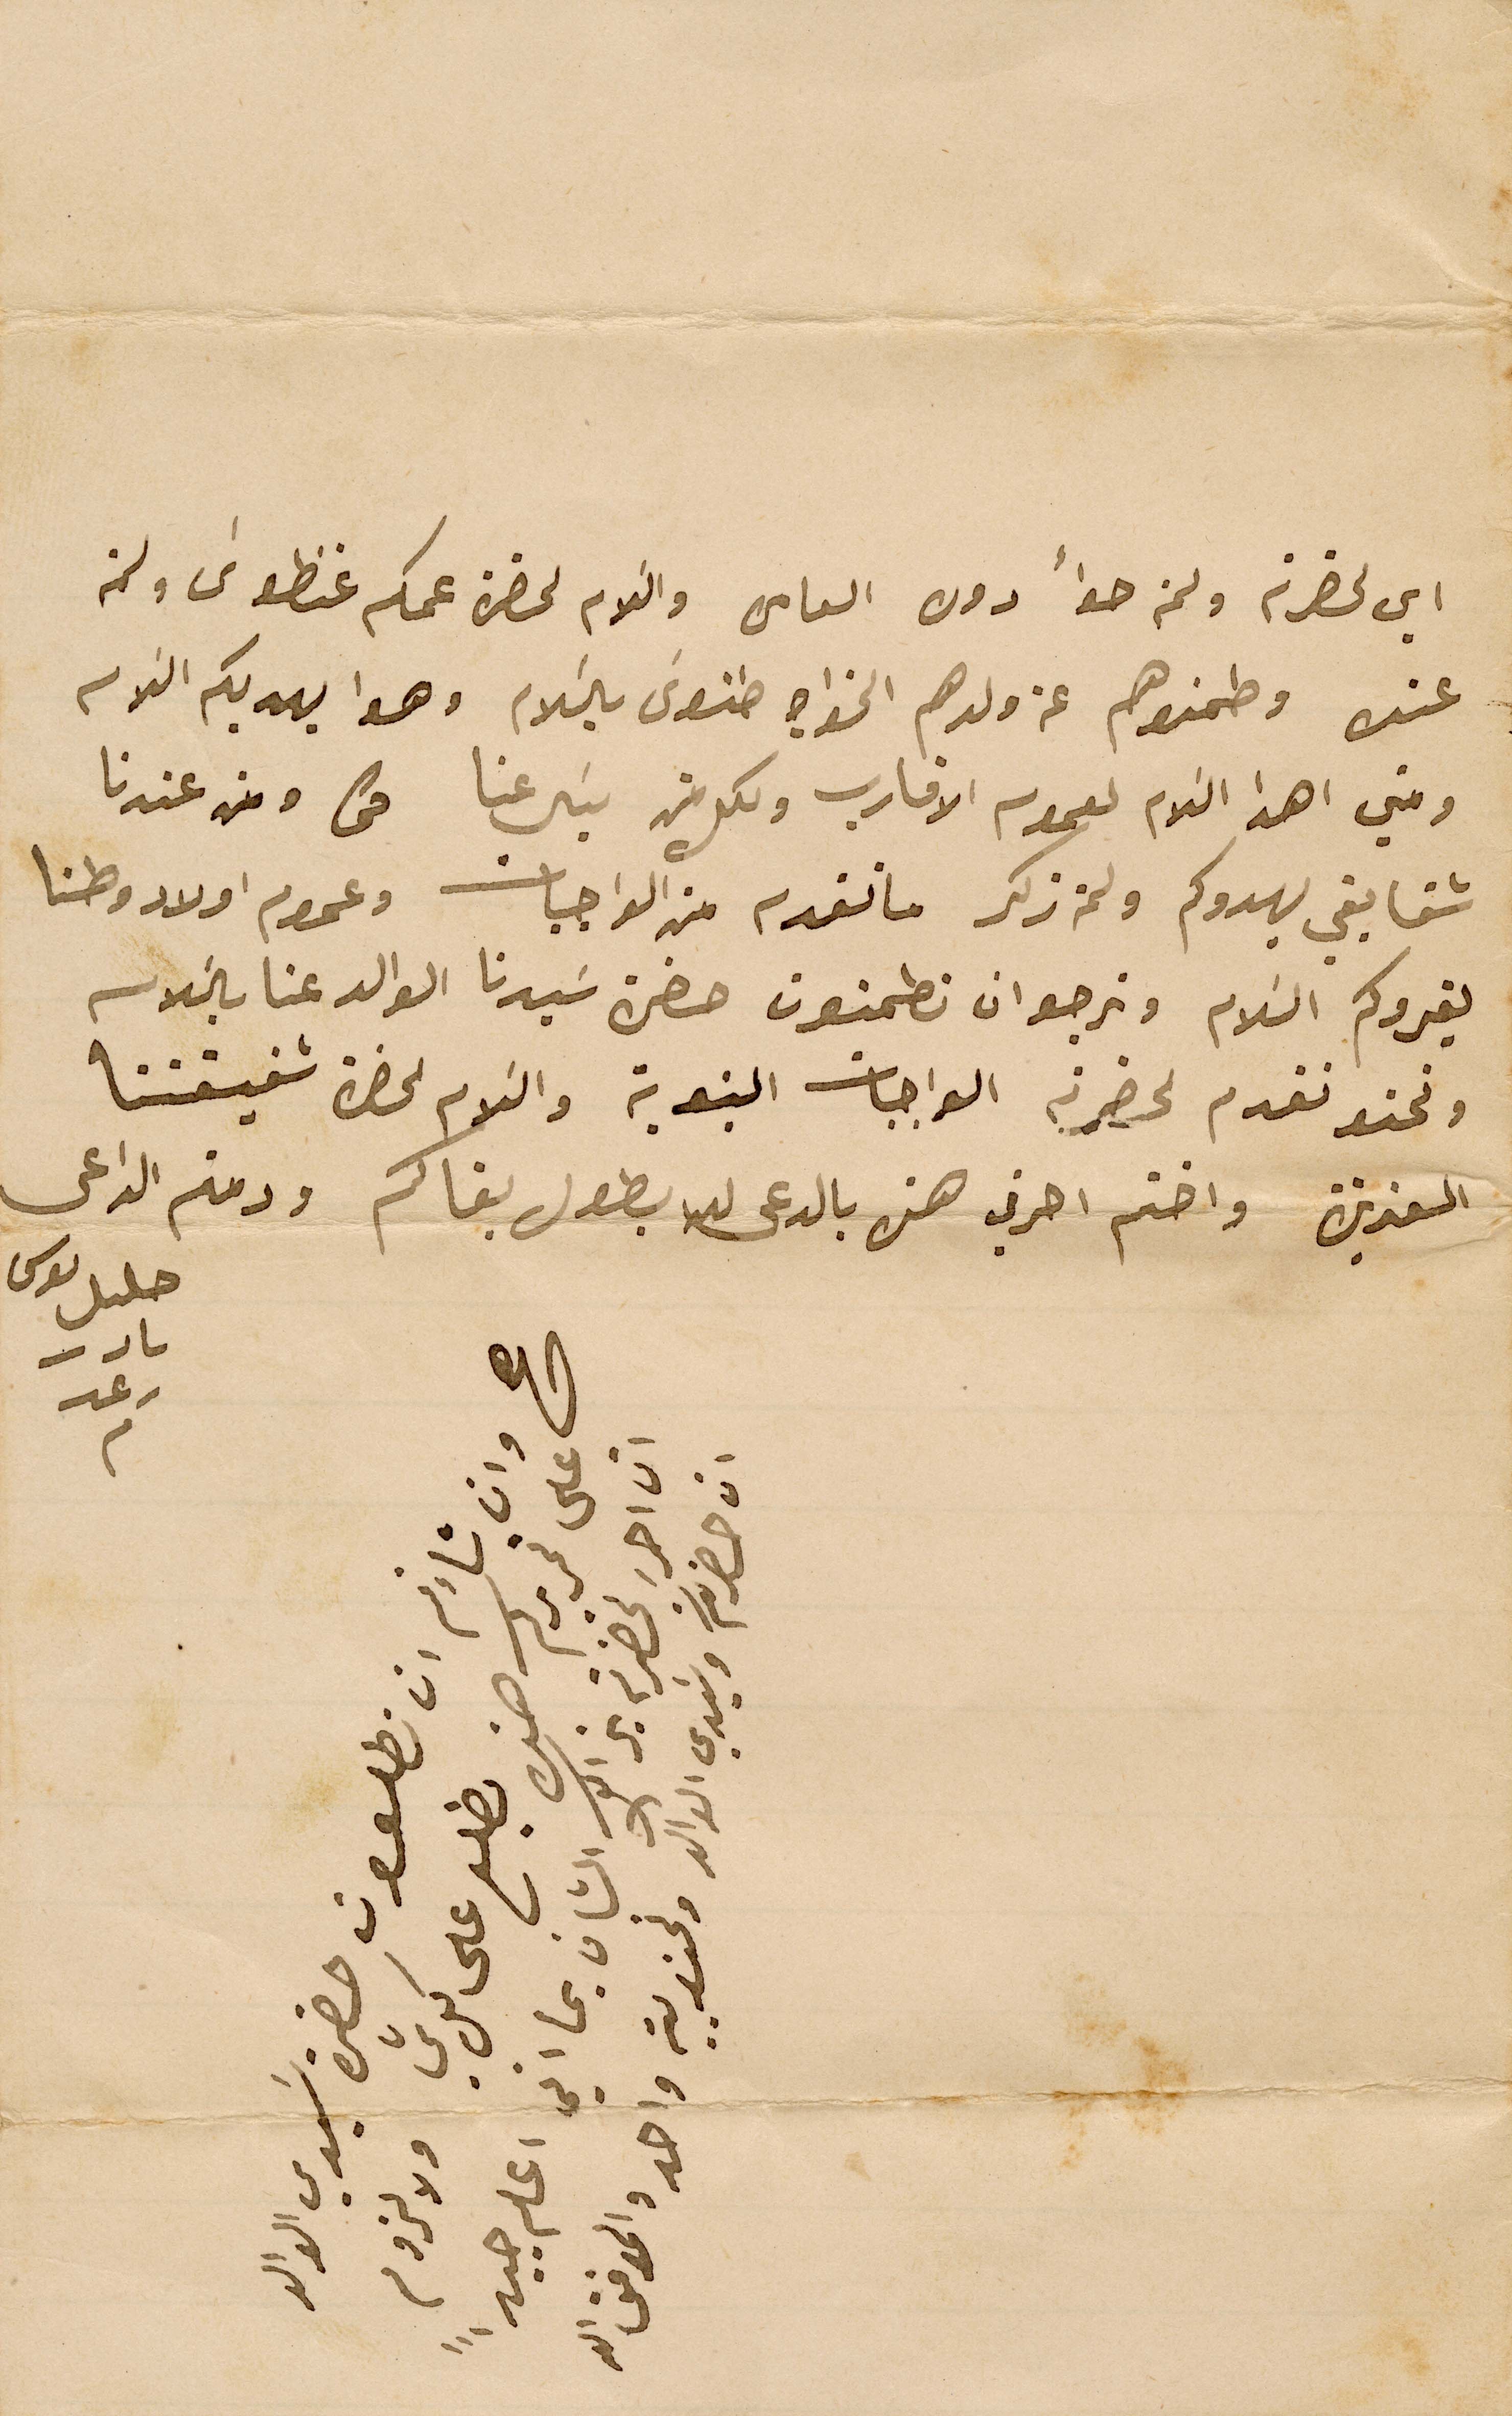
اين لحضرته ولمن حواً دوره العامره والسَلام لحضرة عمكم غنطوسَ ولمن
اين عنده وطمنوهم عن ولدهم الخواجه طنوسَ بالسَلام وهوا يهديكم السَلام
ومني اهدا السَلام لعموم الاقارب ولكل من يسَال عنا نحن ومن عندنا
شقايقي يهدوكم ولمن ذكر ما تقدم من الواجبات وعموم اولاد وطنا
يقروكم السَلام ونرجو ان تطمنون حضرة سَيدنا الوالد عنا بالسَلام
ونحن نقدم لحضرته الواجبات البنوية والسَلام لحضرة شقيقتنا
العزيزة واختم احرفي هذه بالدعى لله بطول بقاكم ودمتم الداعى
حليل يوسف نادر رعد
صح وان شاءتم ان تطلعون حضرة سَيدي الوالد
على تحريركم هذه يطلع على كل شي ولا لزوم
ان احرر لحضرته بذاك الشان بما اني اعلم جيداً
ان حضرتكم وسَيدي الوالد ونحن بيت واحد والموفق الله